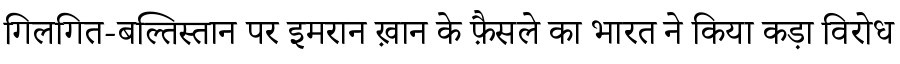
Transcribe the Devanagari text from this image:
गिलगित-बल्तिस्तान पर इमरान ख़ान के फ़ैसले का भारत ने किया कड़ा विरोध